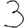
Digit: 3